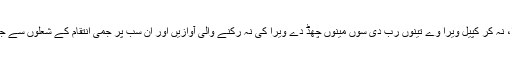
قمیض کے چیتھتڑوں میں سے نہ کر ویرا، نہ کر کپیل ویرا وے تینوں رب دی سوں مینوں چھڈ دے ویرا کی نہ رکنے والی آوازیں اور ان سب پر جمی انتقام کے شعلوں سے جنمی ایک نہ ختم ہونے والے دکھ کی راکھ۔